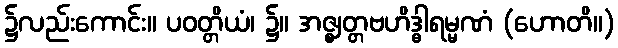
၌လည်းကောင်း။ ပဝတ္တိယံ၊ ၌။ အဇ္ဈတ္တဗဟိဒ္ဓါရမ္မဏံ (ဟောတိ။)